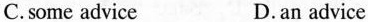
C.some advice D. an advice